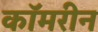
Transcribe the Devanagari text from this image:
कॉमरीन